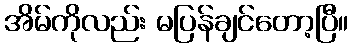
အိမ်ကိုလည်း မပြန်ချင်တော့ပြီ။